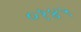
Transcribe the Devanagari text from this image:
०१४५